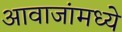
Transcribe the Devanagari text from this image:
आवाजांमध्ये